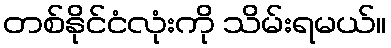
တစ်နိုင်ငံလုံးကို သိမ်းရမယ်။